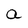
Character: a